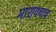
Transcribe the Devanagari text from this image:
मारायचाच